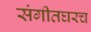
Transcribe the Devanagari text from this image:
संगीतघरच